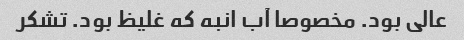
عالی بود. مخصوصا آب انبه که غلیظ بود. تشکر